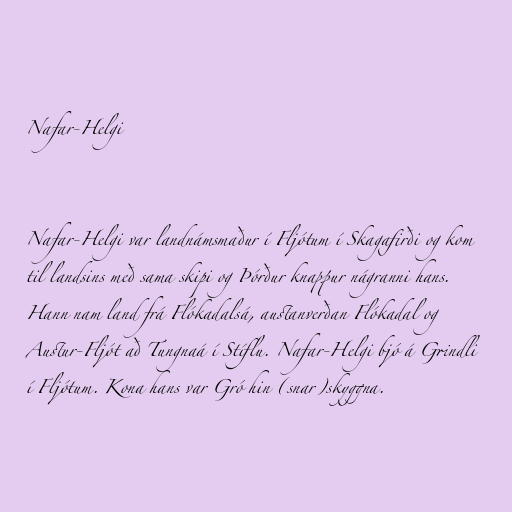
Nafar-Helgi

Nafar-Helgi var landnámsmaður í Fljótum í Skagafirði og kom
til landsins með sama skipi og Þórður knappur nágranni hans.
Hann nam land frá Flókadalsá, austanverðan Flókadal og
Austur-Fljót að Tungnaá í Stíflu. Nafar-Helgi bjó á Grindli
í Fljótum. Kona hans var Gró hin (snar)skyggna.